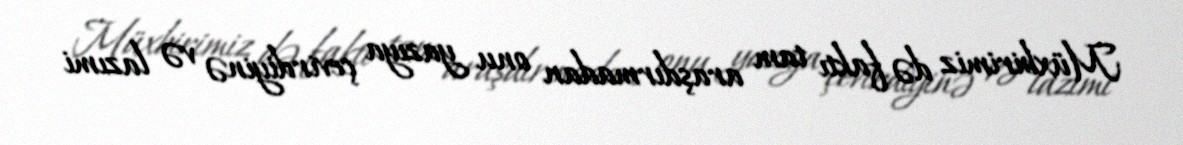
Müxbirimiz də faktı tam araşdırmadan onu yazıya çevirdiyinə və lazımi